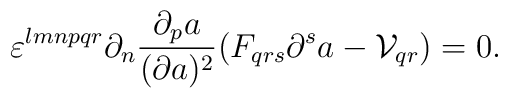
\varepsilon^{lmnpqr}\partial_n{{\partial_pa}\over{(\partial a)^2}}(F_{qrs}\partial^sa-{\cal V}_{qr})=0.